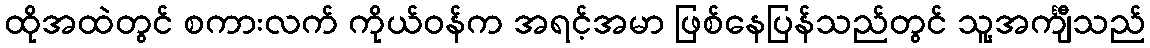
ထိုအထဲတွင် စကားလက် ကိုယ်ဝန်က အရင့်အမာ ဖြစ်နေပြန်သည်တွင် သူ့အင်္ကျီသည်